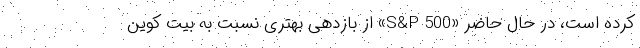
کرده است، در حال حاضر «S&P 500» از بازدهی بهتری نسبت به بیت کوین